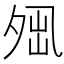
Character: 𡖕